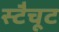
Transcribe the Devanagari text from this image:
स्टैचूट